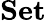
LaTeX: \mathbf{Set}